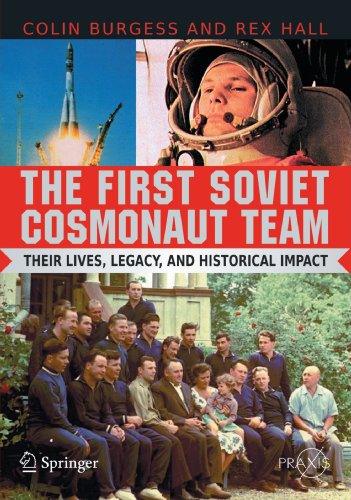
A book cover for The First Soviet Cosmonaut Team: Their Lives and Legacies (Springer Praxis Books); Colin Burgess; Travel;